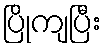
ပြိုကျပြီး